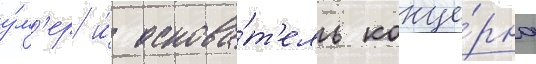
у́м'ер и́ основа́т'ель конце́рна